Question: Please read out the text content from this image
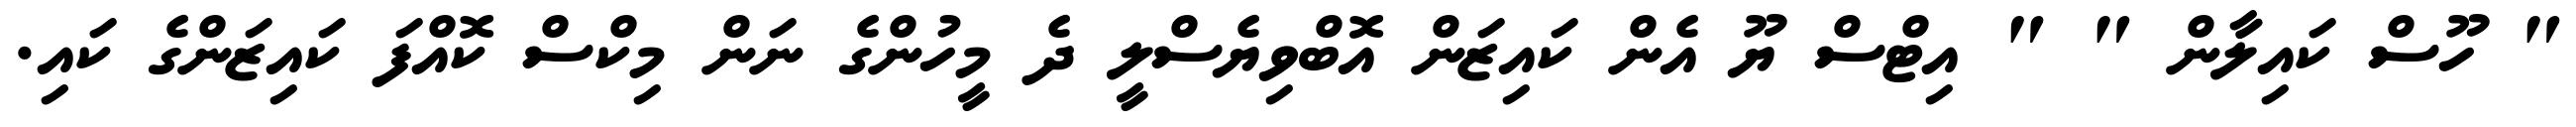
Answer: " ހޫސް ކައިލާން " " އިޓްސް ޔޫ އެން ކައިޒަން އޮބްވިޔެސްލީ ދެ މީހުންގެ ނަން މިކްސް ކޮއްފަ ކައިޒަންގެ ކައި.